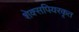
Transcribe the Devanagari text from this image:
शेक्सपियरकृत